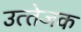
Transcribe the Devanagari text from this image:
उत्‍तेजक